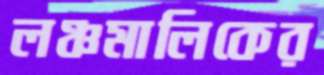
লঞ্চমালিকের